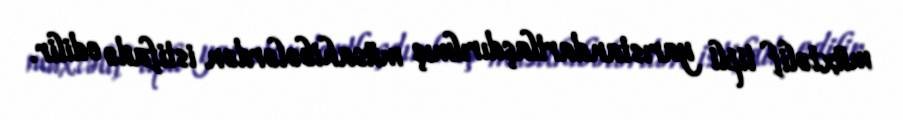
müxtəlif tipli yarıstandartlaşdırılmış müsahibələrdən istifadə edilir.